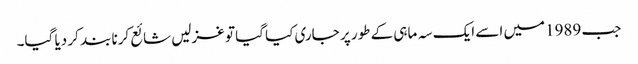
جب 1989میں اسے ایک سہ ماہی کے طور پر جاری کیا گیا تو غزلیں شائع کرنا بند کر دیا گیا۔